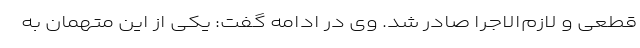
قطعی و لازم‌الاجرا صادر شد. وی در ادامه گفت: یکی از این متهمان به